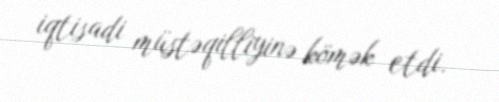
iqtisadi müstəqilliyinə kömək etdi.